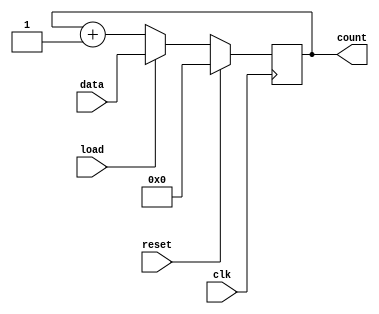
module LoadableCounter (
    input wire clk,          // Clock signal
    input wire load,         // Load signal
    input wire reset,        // Reset signal
    input wire [7:0] data,   // Load value (8-bit input)
    output reg [7:0] count   // Counter value (8-bit output)
);

    // Always block triggered on the rising edge of the clock
    always @(posedge clk) begin
        if (reset) begin
            // Reset the counter to zero
            count <= 8'b0;
        end else if (load) begin
            // Load the counter with the specified value
            count <= data;
        end else begin
            // Increment the counter
            count <= count + 1;
        end
    end

endmodule